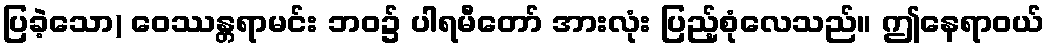
ပြခဲ့သော) ဝေဿန္တရာမင်း ဘဝ၌ ပါရမီတော် အားလုံး ပြည့်စုံလေသည်။ ဤနေရာဝယ်